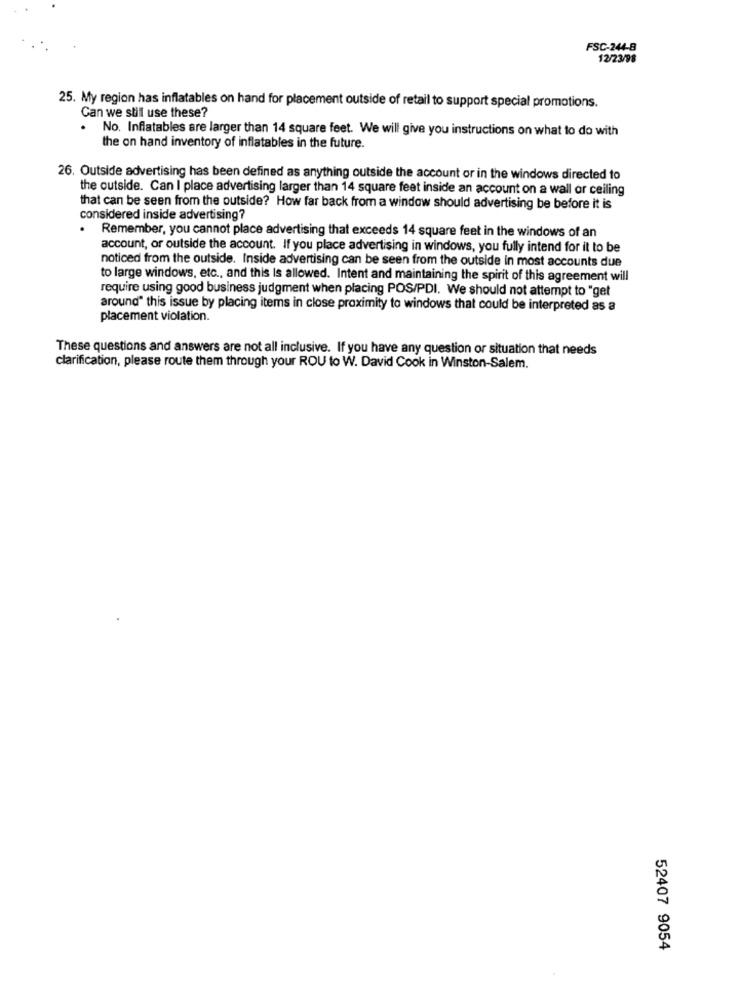
FSC-244-8
12/23/98
25. My region has inflatables on hand for placement outside of retail to support special promotions.
Can we stil use these?
No. Inflatables are larger than 14 square feet. We will give you instructions on what to do with
the on hand inventory of inflatables in the future.
26. Outside advertising has been defined as anything outside the account or in the windows directed to
the outside. Can I place advertising larger than 14 square feet inside an account on a wall or ceiling
that can be seen from the outside? How far back from a window should advertising be before it is
considered inside advertising?
.
Remember, you cannot place advertising that exceeds 14 square feet in the windows of an
account, or outside the account. If you place advertising in windows, you fully intend for it to be
noticed from the outside. Inside advertising can be seen from the outside in most accounts due
to large windows, etc ., and this Is allowed. Intent and maintaining the spirit of this agreement will
require using good business judgment when placing POS/PDI. We should not attempt to "get
around" this issue by placing items in close proximity to windows that could be interpreted as a
placement violation.
These questions and answers are not all inclusive. If you have any question or situation that needs
clarification, please route them through your ROU to W. David Cook in Winston-Salem.
52407 9054